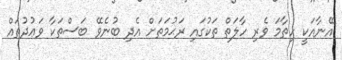
އޭނާއަކީ ހިތާމަ ވެރި ހާލަތް ތަކުގައި ރަޙުމަތަށް އެދި ބުނެވޭ ބަސްތަކާ ވަޢުދުތައް